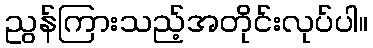
ညွန်ကြားသည့်အတိုင်းလုပ်ပါ။